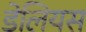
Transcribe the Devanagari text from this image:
डेलियस